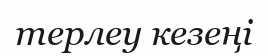
терлеу кезеңі